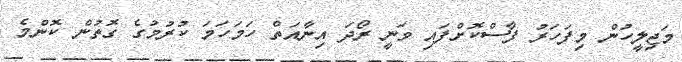
މަޖިލީހުން މިފަހަރު ފާސްކޮށްފައި ވަނީ ރޯދަ އިނާއަތް ހަމަހަމަ ކުރުމުގެ ގޮތުން ކޮންމެ